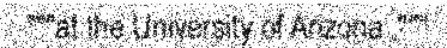
"""at the University of Arizona ,"""